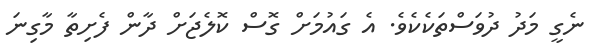
ނެގީ މަދު ދުވަސްތަކެކެވެ. އެ ގައުމަށް ގޮސް ކޮލެޖަށް ދާން ފެށިތާ މާގިނަ